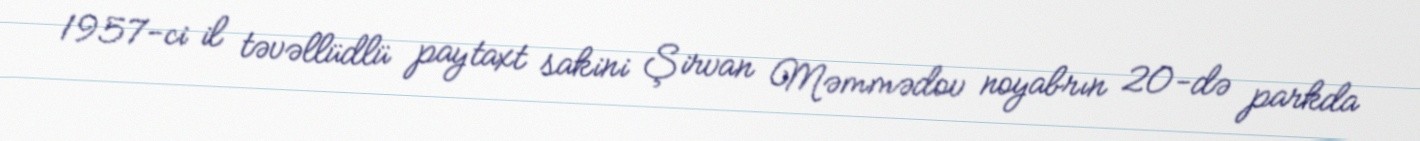
1957-ci il təvəllüdlü paytaxt sakini Şirvan Məmmədov noyabrın 20-də parkda